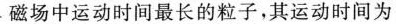
磁场中运动时间最长的粒子，其运动时间为